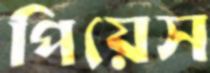
পিয়েস